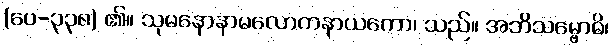
(ပေ-၃၃၈) ၏။ သုမနောနာမလောကနာယကော၊ သည်။ အဘိသမ္ဗောဓိ၊